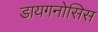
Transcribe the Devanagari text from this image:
डायगनोसिस